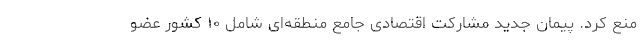
منع کرد. پیمان جدید مشارکت اقتصادی جامع منطقه‌ای شامل ۱۰ کشور عضو